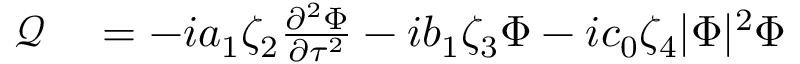
\begin{array} { r l } { \mathcal { Q } } & { { } = - i a _ { 1 } \zeta _ { 2 } \frac { \partial ^ { 2 } \Phi } { \partial \tau ^ { 2 } } - i b _ { 1 } \zeta _ { 3 } \Phi - i c _ { 0 } \zeta _ { 4 } | \Phi | ^ { 2 } \Phi } \end{array}